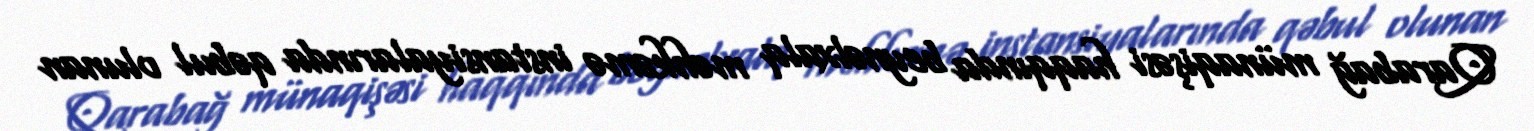
Qarabağ münaqişəsi haqqında beynəlxalq məhkəmə instansiyalarında qəbul olunan